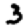
Digit: 3